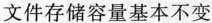
文件存储容量基本不变